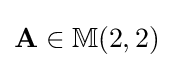
\mathbf {A} \in \mathbb {M} (2,2)